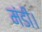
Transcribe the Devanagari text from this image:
मंडी।